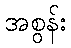
အစွန်း